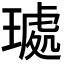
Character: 𭹰